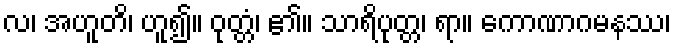
လ၊ အဟူတိ၊ ဟူ၍။ ဝုတ္တံ၊ ၏။ သာရိပုတ္တ၊ ရာ။ ကောဏာဂမနဿ၊